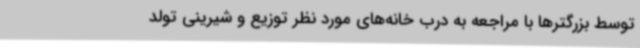
توسط بزرگترها با مراجعه به درب خانه‌های مورد نظر توزیع و شیرینی تولد